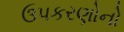
ઉપકરણોનો